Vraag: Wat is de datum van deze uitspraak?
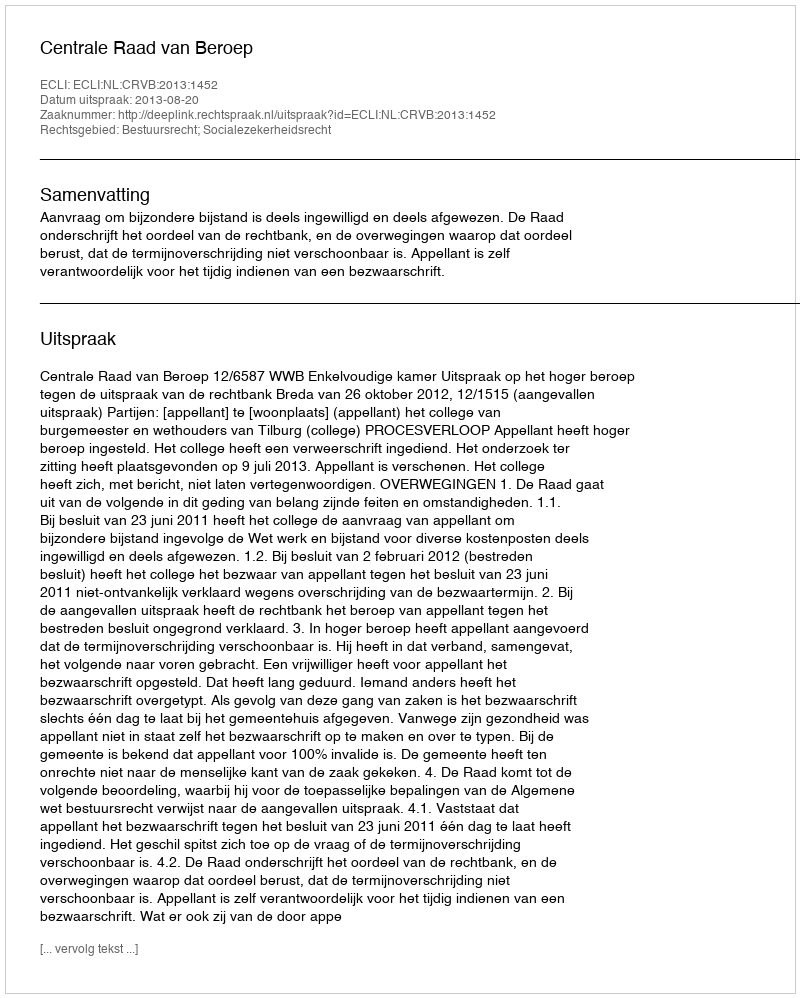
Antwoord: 2013-08-20